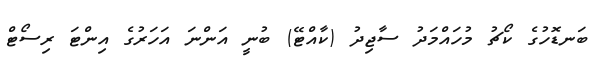
ބަނޑޮހުގެ ކޯޗު މުހައްމަދު ސާޖިދު (ކާއްޓޭ) ބުނީ އަންނަ އަހަރުގެ އިންޓަ ރިސޯޓް